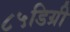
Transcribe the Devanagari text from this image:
८५डिग्री